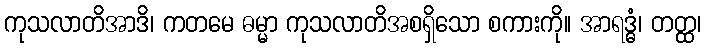
ကုသလာတိအာဒိ၊ ကတမေ ဓမ္မာ ကုသလာတိအစရှိသော စကားကို။ အာရဒ္ဓံ၊ တတ္ထ၊